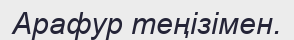
Арафур теңізімен.